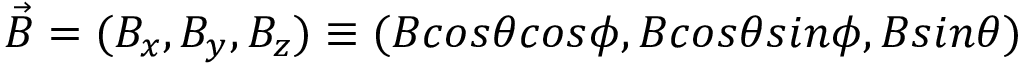
\vec { B } = ( B _ { x } , B _ { y } , B _ { z } ) \equiv ( B c o s \theta c o s \phi , B c o s \theta s i n \phi , B s i n \theta )